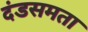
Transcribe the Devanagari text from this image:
दंडसमता